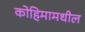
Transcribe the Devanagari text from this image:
कोहिमामधील